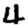
Digit: 4